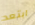
ابتعد